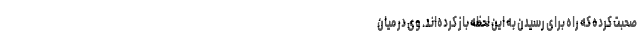
صحبت کرده که راه برای رسیدن به این لحظه باز کرده‌‌اند. وی در میان